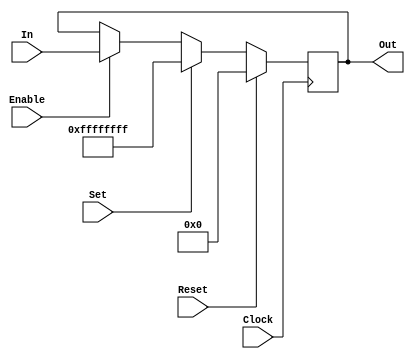
//-----------------------------------------------------------------------
//	Version:	$Revision: 1.2 $
//	Desc:		IO Register, Register packed into the IO pads
//	Copyright:	Copyright 2003 UC Berkeley
//	This copyright header must appear in all derivative works.
//-----------------------------------------------------------------------

//-----------------------------------------------------------------------
//	Section:	Change Log
//-----------------------------------------------------------------------
//	$Log: IORegister.V,v $
//	Revision 1.2  2004/07/30 21:15:21  Administrator
//	Reformatted
//	
//	Revision 1.1  2004/07/22 03:03:35  Administrator
//	Initial Import
//	
//-----------------------------------------------------------------------

//-----------------------------------------------------------------------
//	Module:		IORegister
//	Desc:		If you don't know, I can't help you.
//-----------------------------------------------------------------------
module IORegister(Clock, Reset, Set, Enable, In, Out);
	//---------------------------------------------------------------
	//	Parameters
	//---------------------------------------------------------------
	parameter		width = 		32;
	//---------------------------------------------------------------

	//---------------------------------------------------------------
	//	Declarations
	//---------------------------------------------------------------
	input			Clock, Enable, Reset, Set;
	input	[width-1:0]	In;
	output	[width-1:0]	Out;
	reg	[width-1:0]	Out;	/* synthesis syn_useioff = 1 */
	//---------------------------------------------------------------

	//---------------------------------------------------------------
	//	Behavioural Register
	//---------------------------------------------------------------
	always @ (posedge Clock) begin
		if (Reset) Out <=			{width{1'b0}};
		else if (Set) Out <=			{width{1'b1}};
		else if (Enable) Out <=			In;
	end
	//---------------------------------------------------------------
endmodule
//-----------------------------------------------------------------------